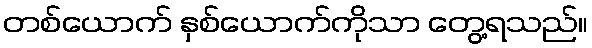
တစ်ယောက် နှစ်ယောက်ကိုသာ တွေ့ရသည်။